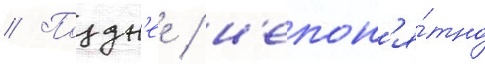
// Поздн'ее / н'епон'я́тно